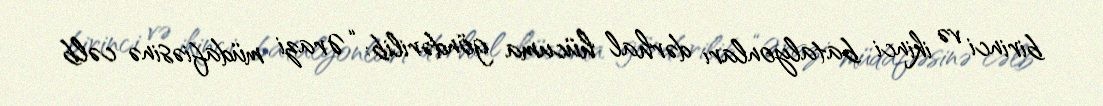
birinci və ikinci batalyonları dərhal hücuma göndərilib: “Ərazi müdafiəsinə cəlb